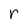
Character: r